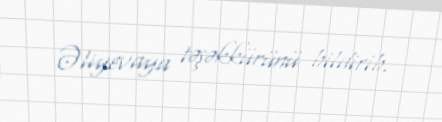
Əliyevaya təşəkkürünü bildirib.